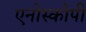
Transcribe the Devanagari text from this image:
एनोस्कोपी